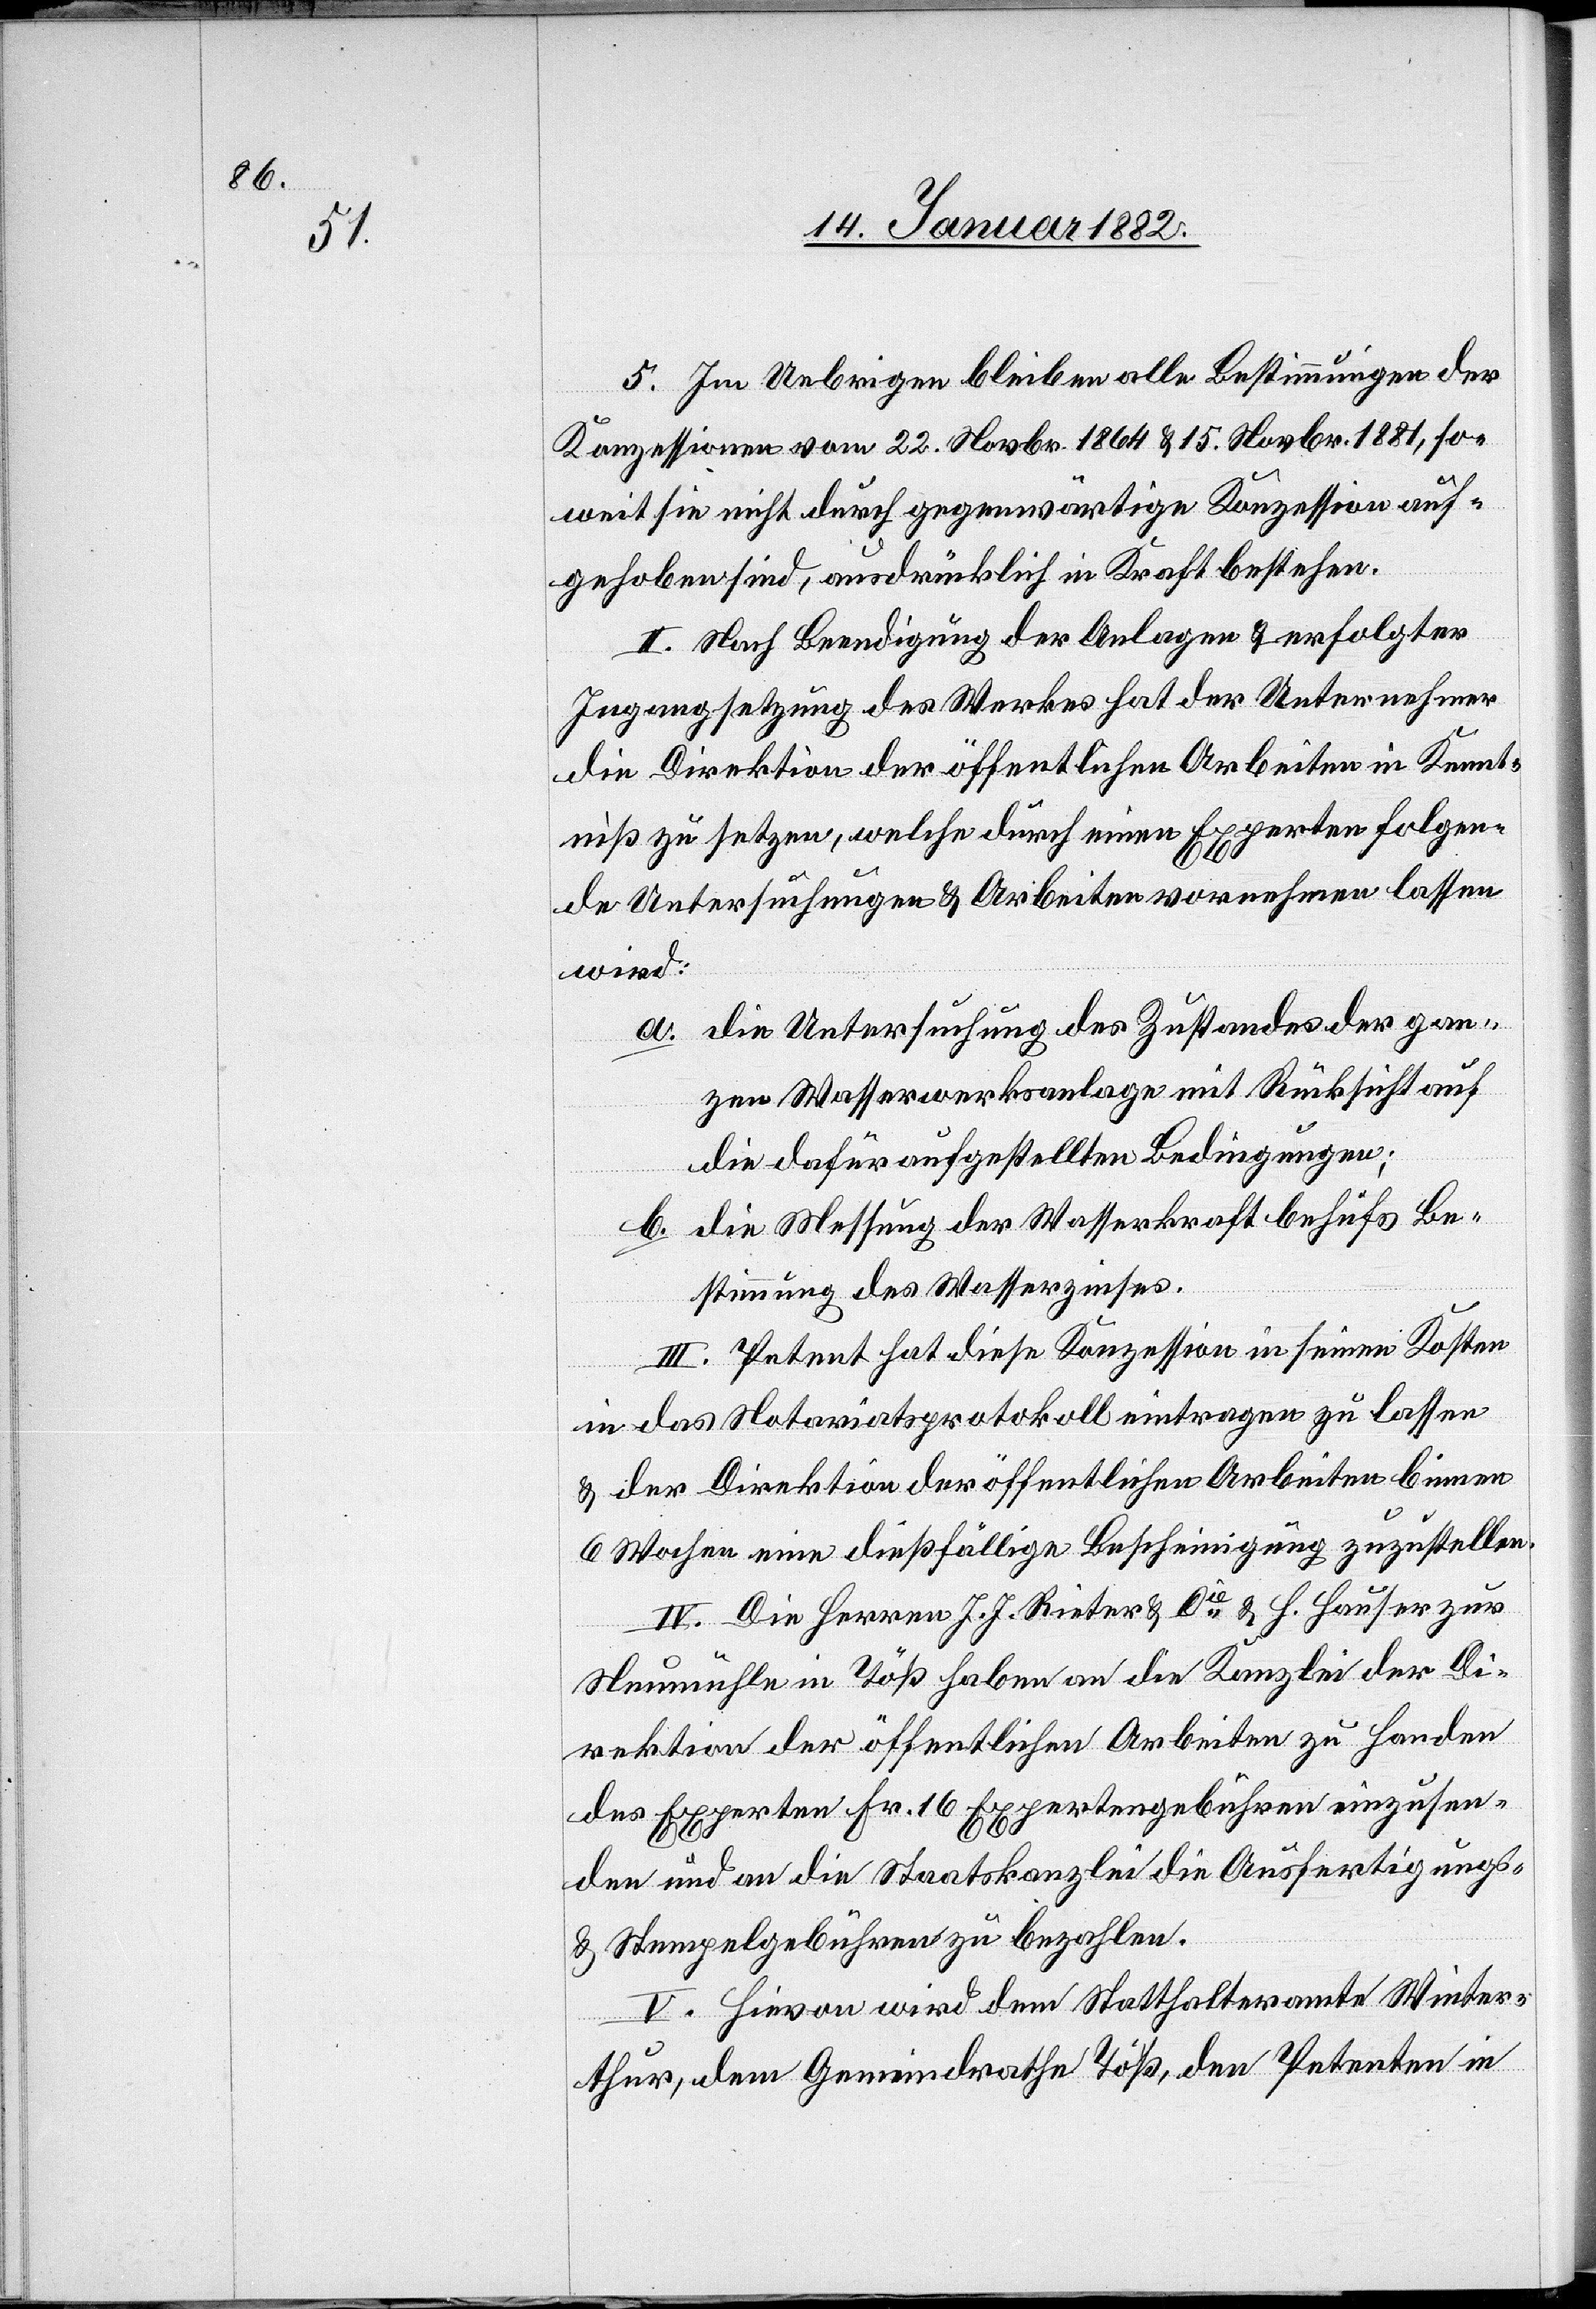
5. Im Uebrigen bleiben alle Bestimmungen der
Konzessionen vom 22. Novbr. 1864 & 15. Novbr. 1881, so¬
weit sie nicht durch gegenwärtige Konzession auf¬
gehoben sind, ausdrücklich in Kraft bestehen.
II. Nach Beendigung der Anlagen & erfolgter
Ingangsetzung des Werkes hat der Unternehmer
die Direktion der öffentlichen Arbeiten in Kennt¬
niß zu setzen, welche durch einen Experten folgen¬
de Untersuchungen & Arbeiten vornehmen lassen
wird:
a. die Untersuchung des Zustandes der gan¬
zen Wasserwerksanlage mit Rücksicht auf
die dafür aufgestellten Bedingungen;
b. die Messung der Wasserkraft behufs Be¬
stimmung des Wasserzinses.
III. Petent hat diese Konzession in seinen Kosten
in das Notariatsprotokoll eintragen zu lassen
& der Direktion der öffentlichen Arbeiten binnen
6 Wochen eine dießfällige Bescheinigung zuzustellen.
IV. Die Herren J. J. Rieter & Cie & H. Hauser zur
Neumühle in Töß haben an die Kanzlei der Di¬
rektion der öffentlichen Arbeiten zu Handen
des Experten Fr. 16 Expertengebühren einzusen¬
den und an die Staatskanzlei die Ausfertigungs-
& Stempelgebühren zu bezahlen.
V. Hievon wird dem Statthalteramte Winter¬
thur, dem Gemeindrathe Töß, den Petenten in